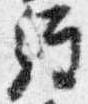
経